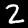
Digit: 2